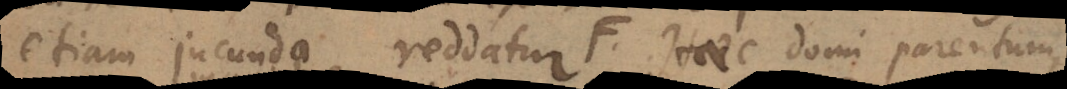
etiam jucunda reddatur. Haec domi parentu